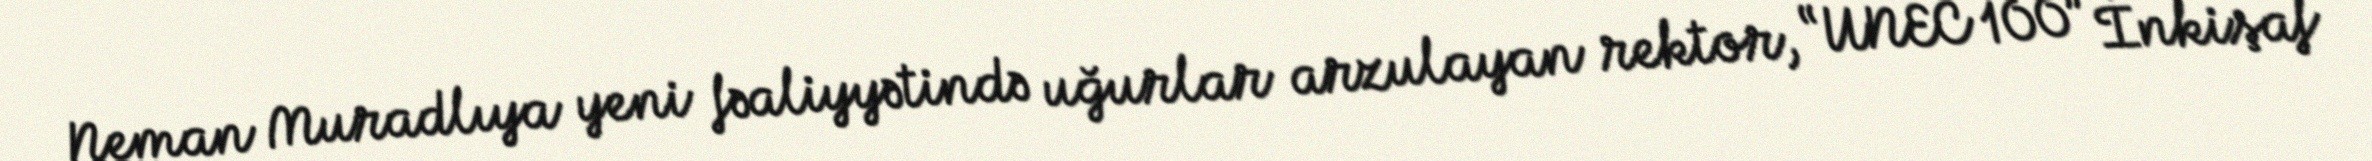
Neman Muradlıya yeni fəaliyyətində uğurlar arzulayan rektor, “UNEC 100” İnkişaf